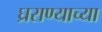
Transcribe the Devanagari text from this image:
घ्रराण्याच्या